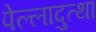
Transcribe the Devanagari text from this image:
पेल्लादुत्था